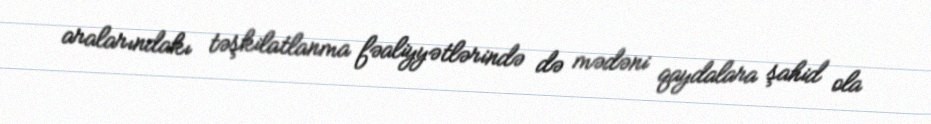
aralarındakı təşkilatlanma fəaliyyətlərində də mədəni qaydalara şahid ola